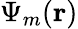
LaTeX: \Psi_{m}(\mathbf{r})